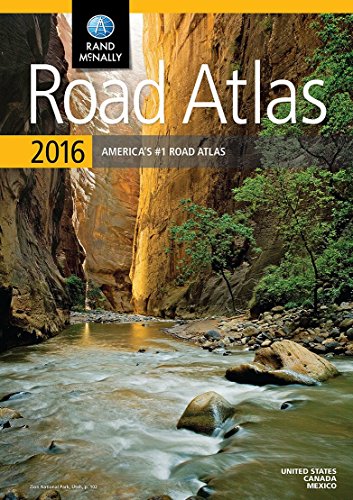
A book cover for Rand McNally 2016 Road Atlas (Rand Mcnally Road Atlas: United States, Canada, Mexico); Rand McNally; Reference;